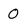
Character: 0